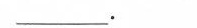
______。